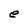
Character: e